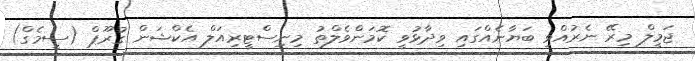
ޖަމީލް މިރޭ ނެރުއްވި ބަޔާނެއްގައި ވިދާޅުވީ ކޮމަންވެލްތު މިނިސްޓީރިއަލް އެކްޝަން ގުރޫޕް (ސީމެގް)